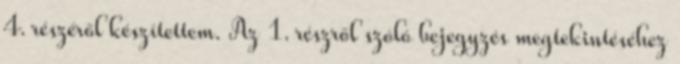
4. részéről készítettem. Az 1. részről szóló bejegyzés megtekintéséhez